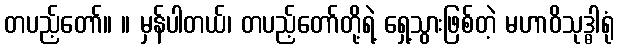
တပည့်တော်။ ။ မှန်ပါတယ်၊ တပည့်တော်တို့ရဲ့ ရှေ့သွားဖြစ်တဲ့ မဟာဝိသုဒ္ဓါရုံ